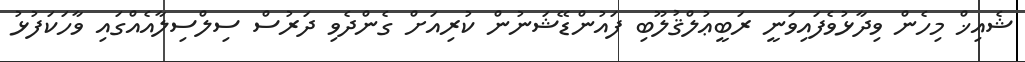
ޝެއިޚް މިހެން ވިދާޅުވެފައިވަނީ ރަބީޢުލްޤުލޫބި ފައުންޑޭޝަނުން ކުރިއަށް ގެންދެވި ދަރުސް ސިލްސިލާއެއްގައި ވާހަކަފުޅު